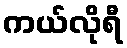
ကယ်လိုရီ